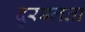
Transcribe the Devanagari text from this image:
दुरबलता